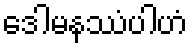
ဒေါမနဿံပါဟံ